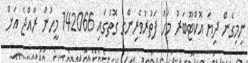
ނިމިގެން ދިޔަ އޮކްޓޫބަރު މަހު ފަތުރުވެރިންގެ ގޮތުގައި 142066 މީހުން ރާއްޖެ އަށް